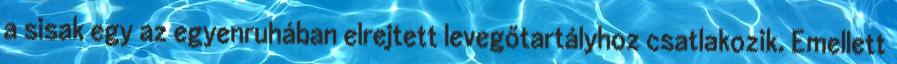
a sisak egy az egyenruhában elrejtett levegőtartályhoz csatlakozik. Emellett